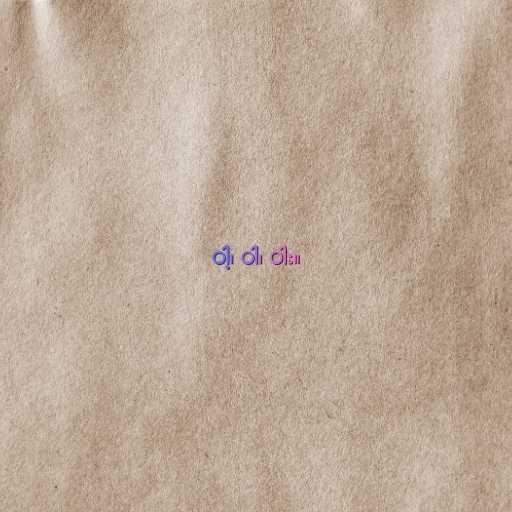
ဝါ့၊ ဝါ၊ ဝါး။